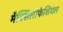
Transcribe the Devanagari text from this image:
मैक्सिलोफेशियल